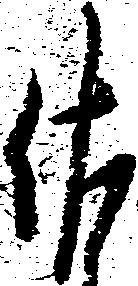
佐